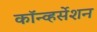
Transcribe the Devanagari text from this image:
कॉन्व्हर्सेशन